Calcutta medical institutions reports 1871-78
Year: 1871
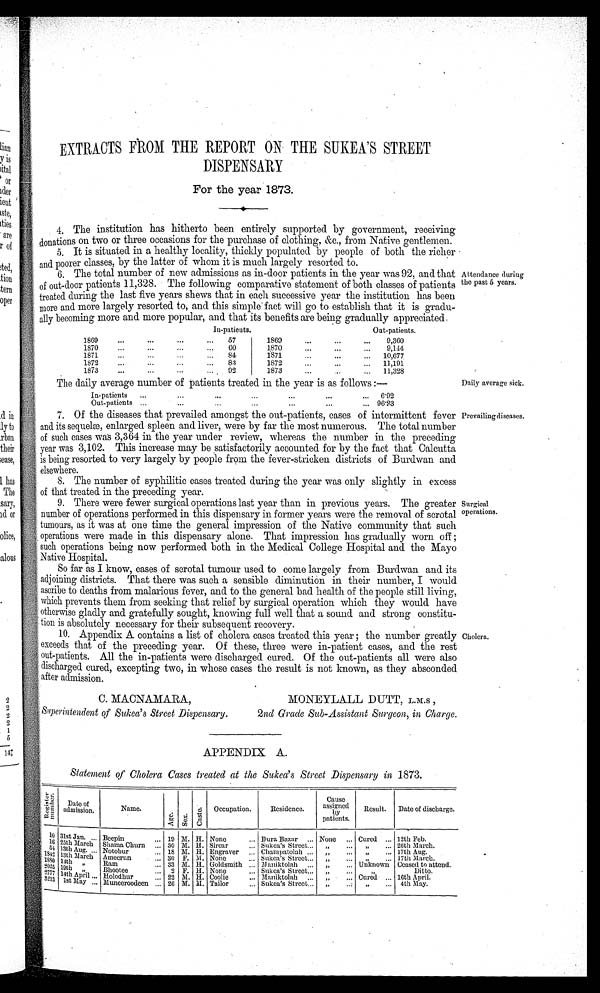
Daily average sick.
Prevailing diseases.
EXTRACTS FROM THE REPORT ON THE SUKEA'S STREET
DISPENSARY
For the year 1873.
4. The institution has hitherto been entirely supported by government, receiving
donations on two or three occasions for the purchase of clothing, &c., from Native gentlemen.
5. It is situated in a healthy locality, thickly populated by people of both the richer
and poorer classes, by the latter of whom it is much largely resorted to.
6. The total number of new admissions as in-door patients in the year was 92, and that
of out-door patients 11,328. The following comparative statement of both classes of patients
treated during the last five years shows that in each successive year the institution has been
more and more largely resorted to, and this simple fact will go to establish that it is gradu
-
ally becoming more and more popular, and that its benefits are being gradually appreciated.
In-patients.
Oat-patients.
1 8 6 9
57
1 8 6 0
9,360
1 1 8 7 0
6 0
1870
9 , 1 4 4
1 8 7 1
8 4
1871
10,677
1 8 7 2
83
1872
11,191
1873
92
1873
11,328
The daily average number of patients treated in the year is as follows:—
In-patients
6·92
o u t - p a t i e n t s
96·23
7. Of the diseases that prevailed amongst the out-patients, cases of intermittent fever
and its sequelæ, enlarged spleen and liver, were by far the most numerous. The total number
of such cases was 3,364 in the year under review, whereas the number in the preceding
year was 3,102. This increase may be satisfactorily accounted for by the fact that Calcutta
is being resorted to very largely by people from the fever-stricken districts of Burdwan and
elsewhere.
8. The number of syphilitic cases treated during the year was only slightly in excess
of that treated in the preceding year.
9. There were fewer surgical operations last year than in previous years. The greater
number of operations performed in this dispensary in former years were the removal of scrotal
tumours, as it was at one time the general impression of the Native community that such
operations were made in this dispensary alone. That impression has gradually worn off;
such operations being now performed both in the Medical College Hospital and the Mayo
Native Hospital.
So far as I know, cases of scrotal tumour used to come largely from Burdwan and its
adjoining districts. That there was such a sensible diminution in their number, I would
ascribe to deaths from malarious fever, and to the general bad health of the people still living,
which prevents them from seeking that relief by surgical operation which they would have
otherwise gladly and gratefully sought, knowing full well that a sound and strong constitu
-
tion is absolutely necessary for their subsequent recovery.
10. Appendix A contains a list of cholera cases treated this year; the number greatly
exceeds that of the preceding year. Of these, three were in-patient cases, and the rest
out-patients. All the in-patients were discharged cured. Of the out-patients all were also
discharged cured, excepting two, in whose cases the result is not known, as they absconded
after admission.
C. MACNAMARA,
MONEYLALL DUTT, L.M.S,
Superintendent of Sukea's Street Dispensary. 2nd Grade Sub-Assistant Surgeon, in Charge.
Attendance during
the past 5 years.
Surgical
operations.
Cholera.
APPENDIX A.
Statement of Cholera Cases treated at the Sukea's Street Dispensary in 1873.
R e g i s a t o r n u m b e r .
Date of
admission.
Name.
Age.
Sex.
Cast e.
Occupation.
Residence.
Cause
assigned
b y p a t i e n t s .
Result.
Date of discharge.
10 31st Jan.
Beepin
19 M.
H.
None
Bura Bazar
None ... Cured ... 12th Feb.
1 6 25th March Shama Churn
30 M. H.
Sircar
Sukea's Street
, ,
...
, , ... 26th March.
5 4 13th Aug.
Notobur
18 M. H. Engraver
Champatolah
„ , ,
....
, , ... 17th Aug.
1 8 4 2
1 3 t h M a r c h Ameerun
30 F. M. None
.. Sukca's Street
, ,
...
, , ... 17th March.
1 8 8 0 14th ,,
Ram
33 M. H. Goldsmith
Maniktolah
, ,
... Unknown Ceased to attend.
2025
1 9 t h , ,
Bhootee
2 F. H.
None
Sukea's Street
, ,
...
,,
Ditto.
2777 14th April
Holodhur
22 M. H. Coolie
Maniktolah
„ , ,
... Cured ... 16th April.
3213
1st May
Muneeroodeen
26 M. M. Tailor
Sukea's Street
, ,
...
, , ... 4th May.